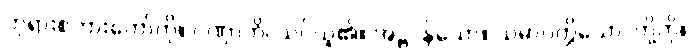
ဘုရားစကားတော်ကို။ ဂဏှာတိ၊ သင်ယူ၏။ အဋ္ဌ၊ န်သော။ သမာပတ္တိယော၊ တို့ကို။